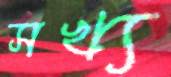
সখ্য